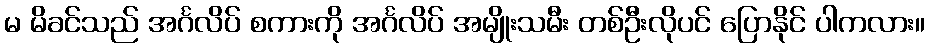
မ မိခင်သည် အင်္ဂလိပ် စကားကို အင်္ဂလိပ် အမျိုးသမီး တစ်ဦးလိုပင် ပြောနိုင် ပါကလား။